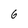
Character: 6